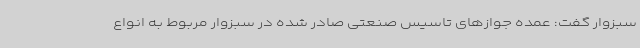
سبزوار گفت: عمده جوازهای تاسیس صنعتی صادر شده در سبزوار مربوط به انواع